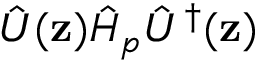
\hat { U } ( { \bf z } ) \hat { H } _ { p } \hat { U } ^ { \dagger } ( { \bf z } )